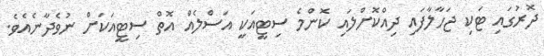
ދޮރުގައި ޓަކި ޖަހާލާފައި ދިއްކޮށްލައި ކޮންމެ ސިޓީއަކީ އަސްލެއް އޮތް ސިޓީއަކަށް ނުވެދާނެއެވެ.